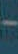
-